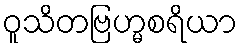
ဝူသိတဗြဟ္မစရိယာ